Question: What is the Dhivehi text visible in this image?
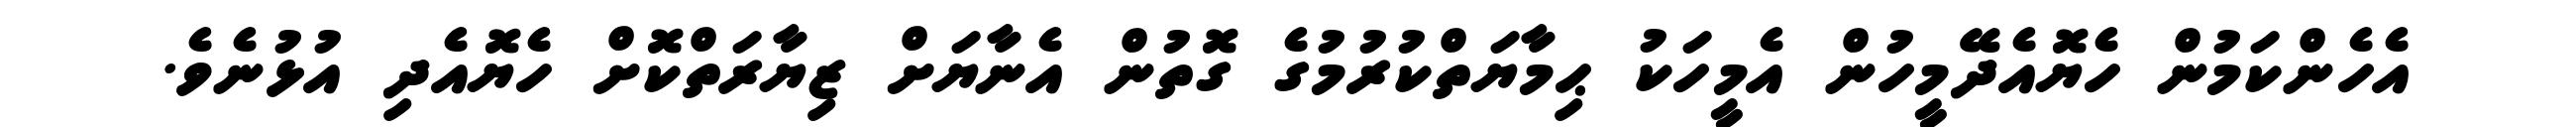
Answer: އެހެންކަމުން ހެޔޮއެދޭމީހުން އެމީހަކު ޙިމާޔަތްކުރުމުގެ ގޮތުން އެނާޔަށް ޒިޔާރަތްކޮށް ހެޔޮއެދި އުޅުނެވެ.